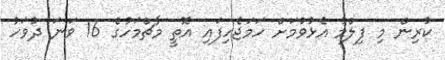
ކުރިން މި ފިލްމު އެޅުވުމަށް ހަމަޖެހިފައި އޮތީ މާޗްމަހުގެ 16 ވަނަ ދުވަހު